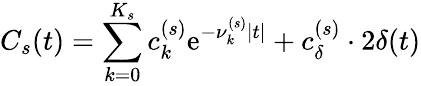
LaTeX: C_{s}(t)=\sum_{k=0}^{K_{s}}c_{k}^{(s)}\mathrm{e}^{-\nu_{k}^{(s)}|t|}+c_{\delta}^{(s)}\cdot 2\delta(t)